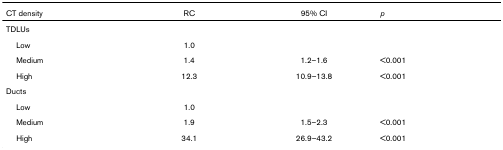
| CT density | RC | 95% CI | p |
 | --- | --- | --- | --- |
 | TDLUs |  |  |  |
 | Low | 1.0 |  |  |
 | Medium | 1.4 | 1.2–1.6 | <0.001 |
 | High | 12.3 | 10.9–13.8 | <0.001 |
 | Ducts |  |  |  |
 | Low | 1.0 |  |  |
 | Medium | 1.9 | 1.5–2.3 | <0.001 |
 | High | 34.1 | 26.9–43.2 | <0.001 |